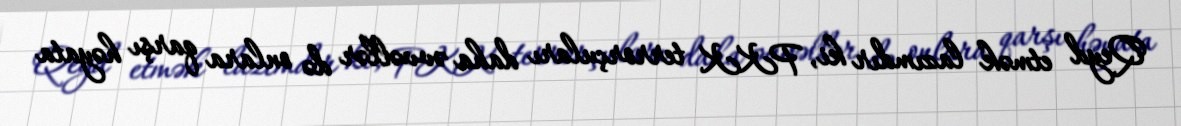
Qeyd etmək lazımdır ki, PKK terrorçuları daha əvvəllər də onlara qarşı həyata